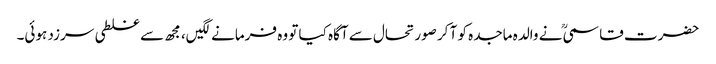
حضرت قاسمیؒ نے والدہ ماجدہ کو آ کر صورتحال سے آگاہ کیا تو وہ فرمانےلگیں، مجھ سے غلطی سرزد ہوئی۔